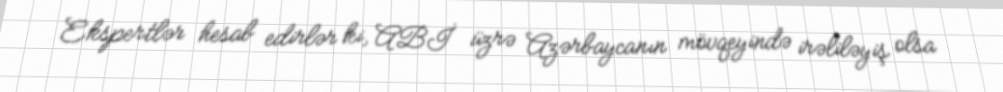
Ekspertlər hesab edirlər ki, ABİ üzrə Azərbaycanın mövqeyində irəliləyiş olsa